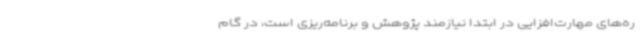
ره‌های مهارت‌افزایی در ابتدا نیازمند پژوهش و برنامه‌ریزی است، در گام